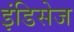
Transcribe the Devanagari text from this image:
इंडिसेज